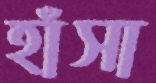
হাঁসা